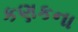
કણકના